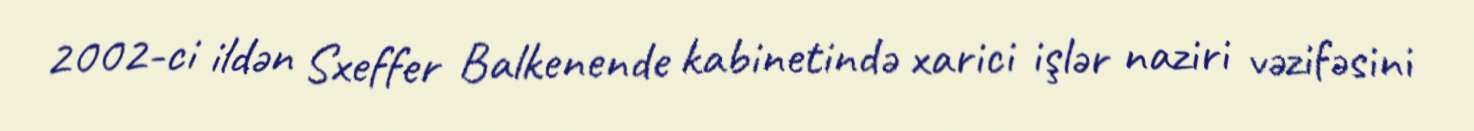
2002-ci ildən Sxeffer Balkenende kabinetində xarici işlər naziri vəzifəsini